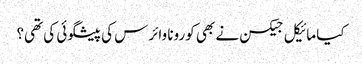
کیا مائیکل جیکسن نے بھی کورونا وائرس کی پیشگوئی کی تھی؟